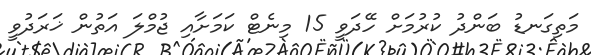
މަތިގަނޑު ބަންދު ކުރުމަށް ހޭދަވީ 15 މިނެޓް ކަމަށާއި ޖުމްލަ އަތުން ޚަރަދުވީ